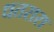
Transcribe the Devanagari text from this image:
धतरारा